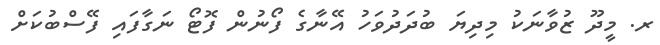
ރ. މީދޫ ޒުވާނަކު މިދިޔަ ބުދަދުވަހު އޭނާގެ ފޯނުން ފޮޓޯ ނަގާފައި ފޭސްބުކަށް